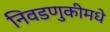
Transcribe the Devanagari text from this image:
निवडणुकीमधे